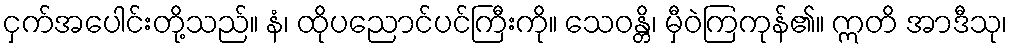
ငှက်အပေါင်းတို့သည်။ နံ၊ ထိုပညောင်ပင်ကြီးကို။ သေဝန္တိ၊ မှီဝဲကြကုန်၏။ ဣတိ အာဒီသု၊